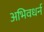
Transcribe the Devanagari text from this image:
अभिवधर्न